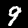
Digit: 9